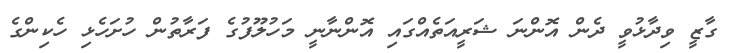
ގާޒީ ވިދާޅުވީ ދެން އޮންނަ ޝަރީއަތެއްގައި އޮންނާނީ މަހުލޫފުގެ ފަރާތުން ހުށަހެޅި ހެކިންގެ